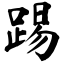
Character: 踢